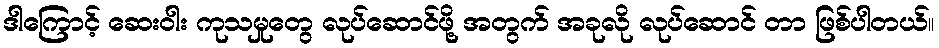
ဒါကြောင့် ဆေးဝါး ကုသမှုတွေ လုပ်ဆောင်ဖို့ အတွက် အခုလို လုပ်ဆောင် တာ ဖြစ်ပါတယ်။